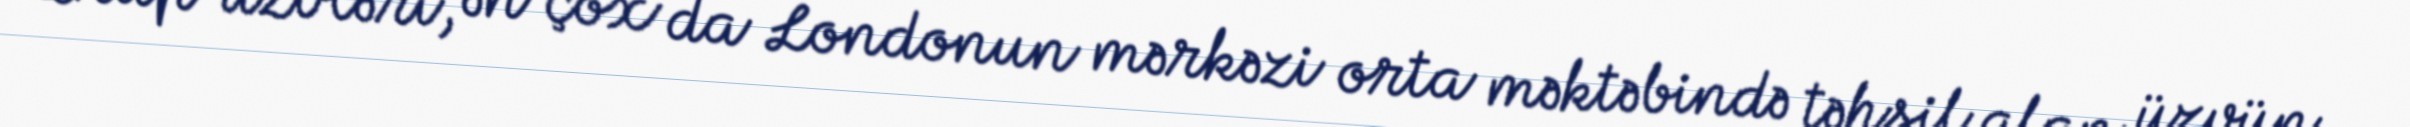
Qrup üzvləri, ən çox da Londonun mərkəzi orta məktəbində təhsil alan üzvün